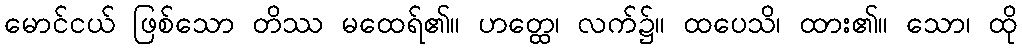
မောင်ငယ် ဖြစ်သော တိဿ မထေရ်၏။ ဟတ္ထေ၊ လက်၌။ ထပေသိ၊ ထား၏။ သော၊ ထို